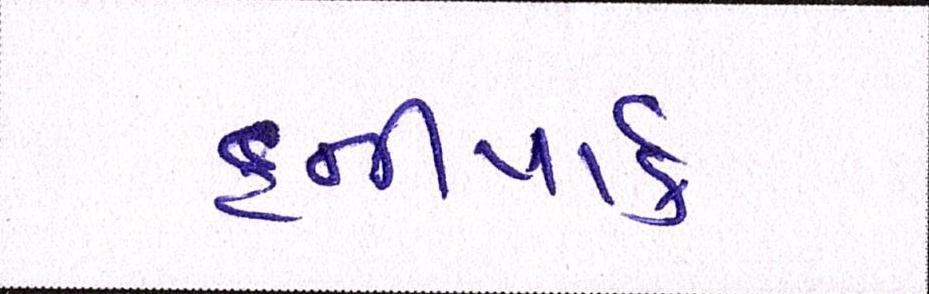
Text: હનીપાર્ક